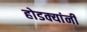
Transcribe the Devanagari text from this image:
होडक्यांनी